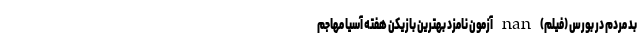
بد مردم در بورس (فیلم) nan آزمون نامزد بهترین بازیکن هفته آسیا مهاجم